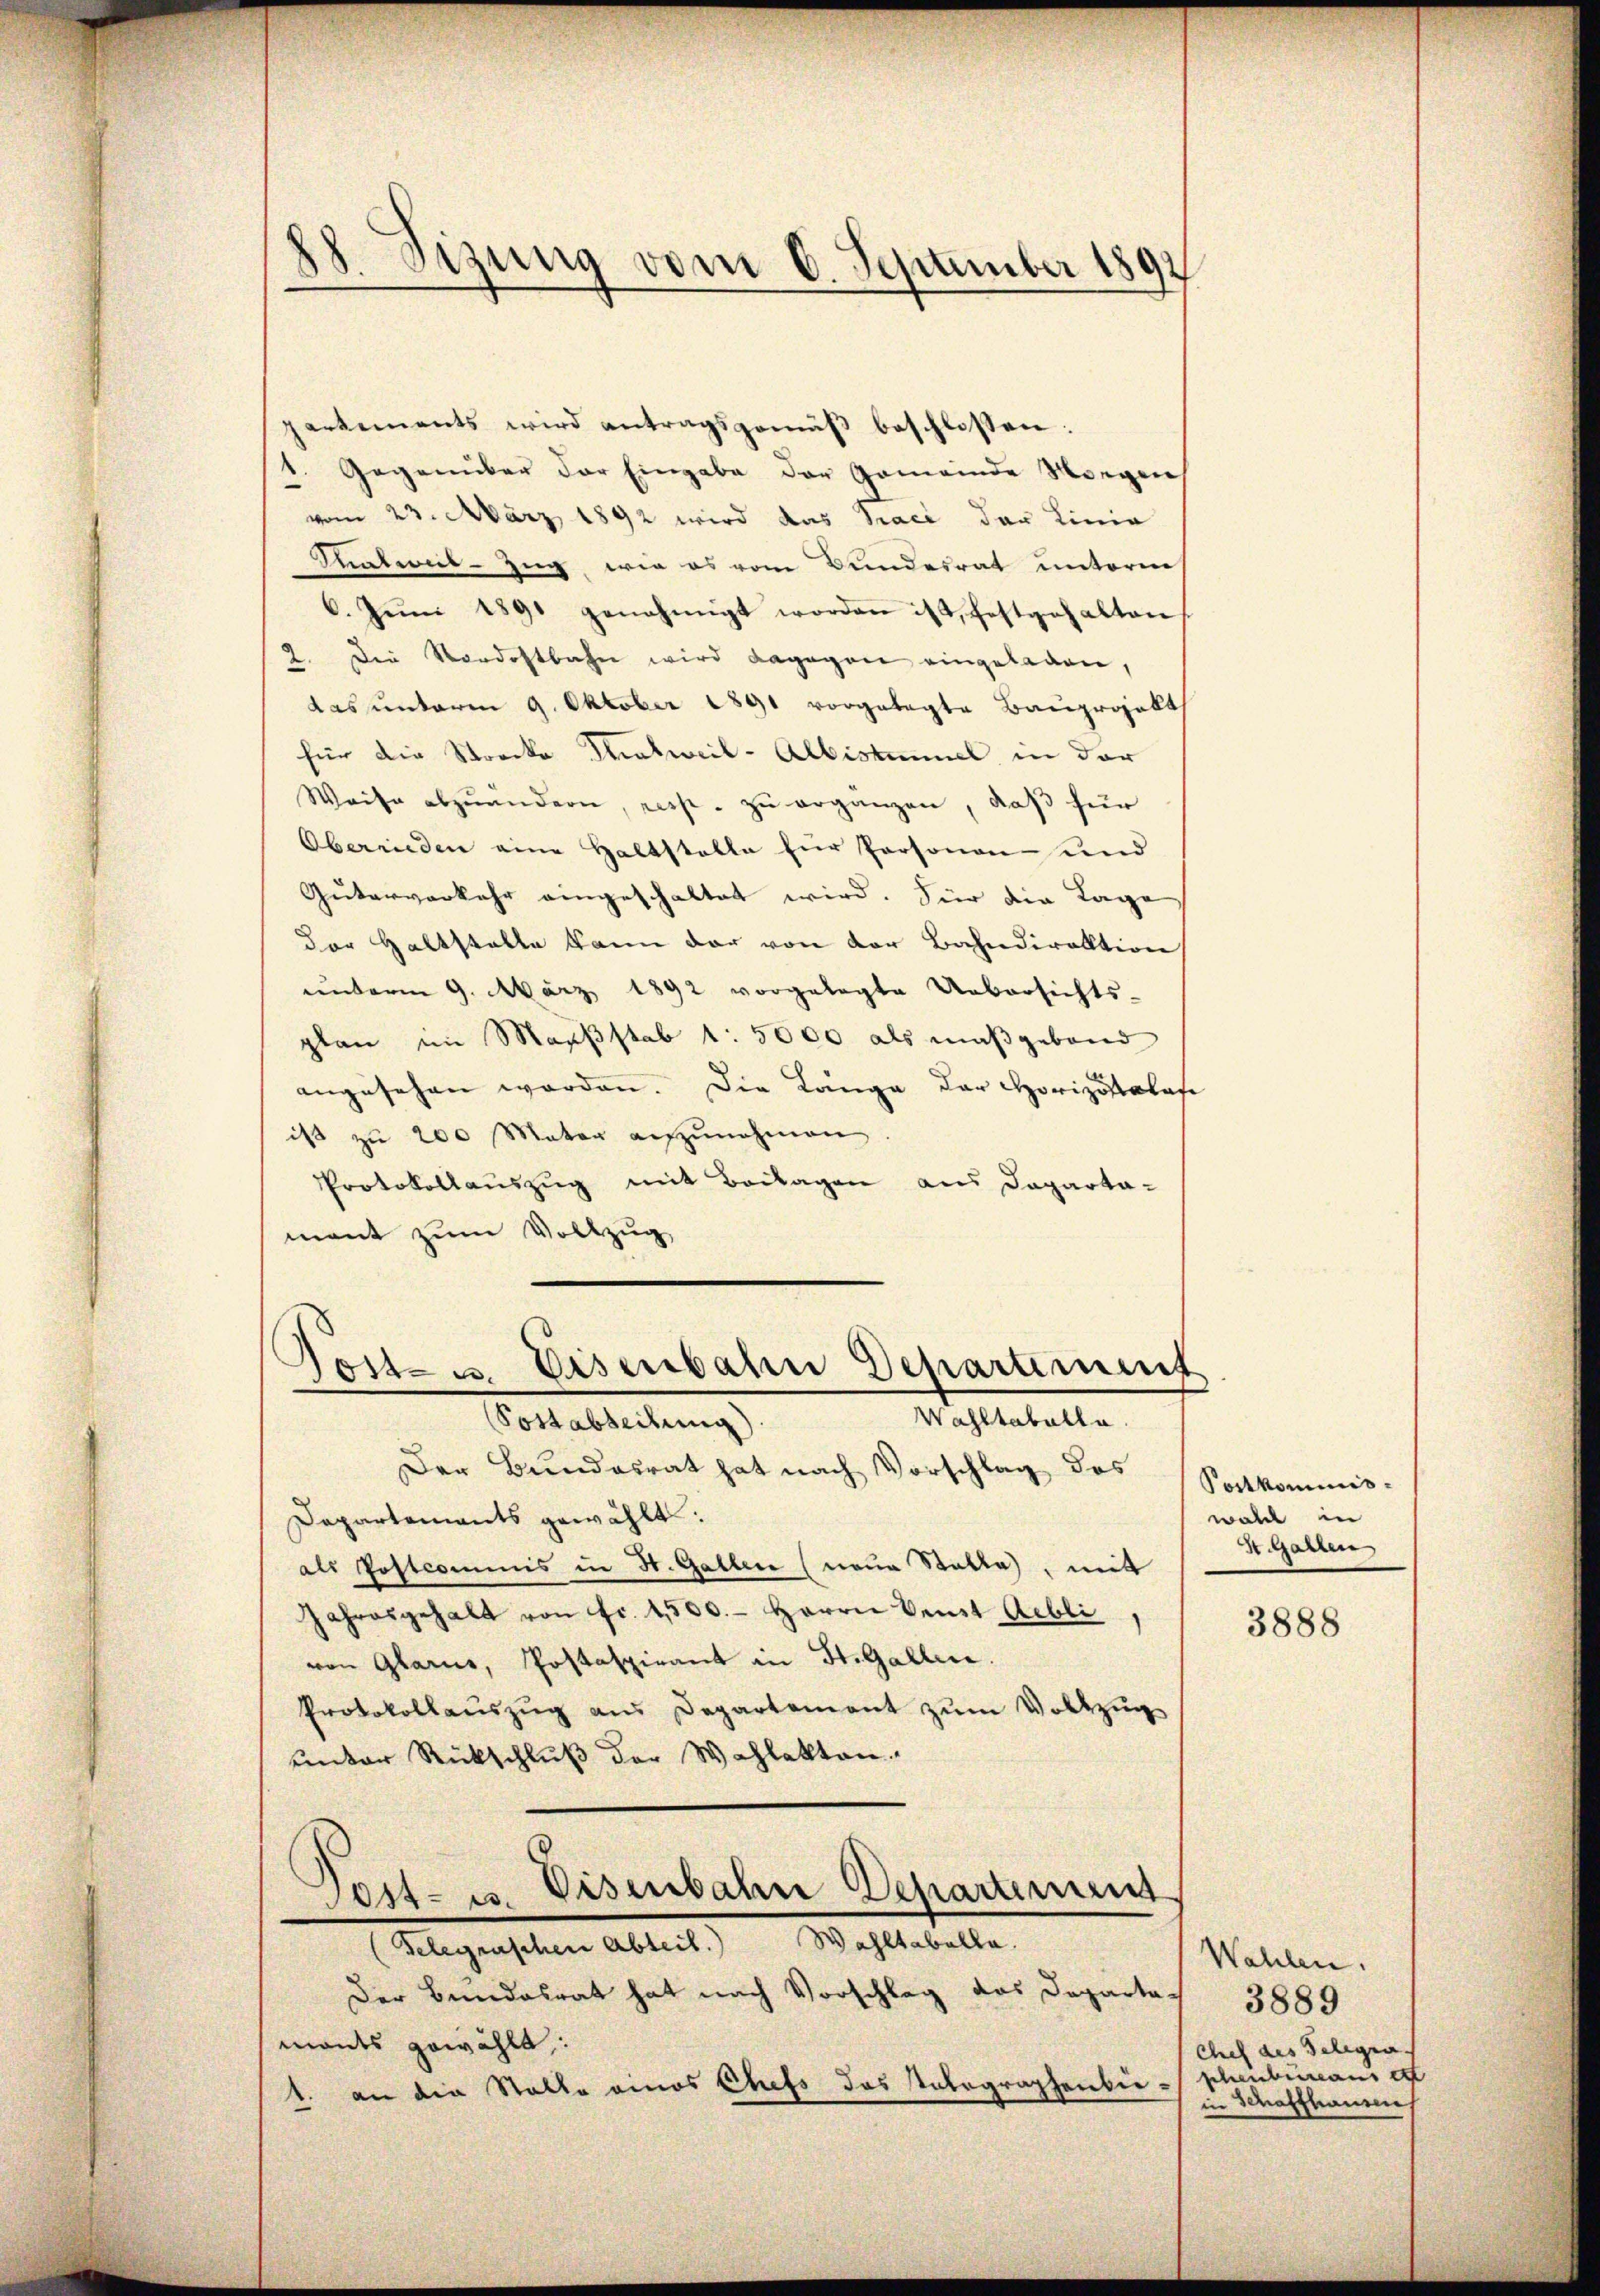
18Sizung vom 6. September 1891

partements wird antragsgemäβ beschlossen:
Gegenüber der Eingabe der Gemeinde Morgen
vom 23. März 1892 wird das paci der Linie
Inatweil-Zug, wie es vom Bundesrat unterm
6. Jŭni 1891 genehmigt worden ist, festgehalten
2. Die Nordostbahn wird dagegen eingelagen,
das unterm 9. Oktober 1891 vorgelegte Bauprojekt
für die Strocke Thalweil-Albistummel in der
Weise abzuändern, resp. zŭ erganzen, daß für
Obereinden eine Haltstelle für Personen- und
Güterverkehr eingeschaltet wird. Für die Lage
der Haltstalte kann der von der Bahndirektion
unterm 9. März 1892 vorgelegte Uebersichts-
plan im Maaßstab 1: 5000 als maßgebend
angesehen worden. Die Länge der Horizontales
ist zŭ 200 Mater aŭfzŭnehmen.
Protokollauszug mit Beilagen aus Capartamant zum Vollzug
Tost- u. Eisenbahn Departement
Wahltabulla
Postabteilung)
Der Bundesrat hat nach Vorschlag des
Departements gewählt:
als Postcommis in H. Gallen (neue Statte, mit
Jahresgehalt von Fr. 4500.- Herrn Verst Abli
von Glarus, Postaspirant in St. Gallen.
Protokollaŭszŭg ans Departement zŭm Vollzŭg
unter Rückschlŭβ der Wahlakten.
Post- u. Eisenbahne Departement
(Gelegraschen Abteil. Wahltabella.
Der Bundesrat hat nach Vorschlag das Departamants gewählt:
1. an die Stelle eines Chefs das Votographenbie¬

Portkommnis-
walt in
St. Garten

3888

Wahlen.
3889
Chef des Telegra
schenbureaus d
un Schaffhauses